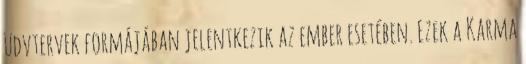
üdvtervek formájában jelentkezik az ember esetében. Ezek a Karma